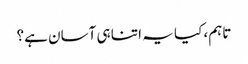
تاہم، کیا یہ اتنا ہی آسان ہے؟